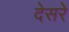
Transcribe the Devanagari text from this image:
देसरे